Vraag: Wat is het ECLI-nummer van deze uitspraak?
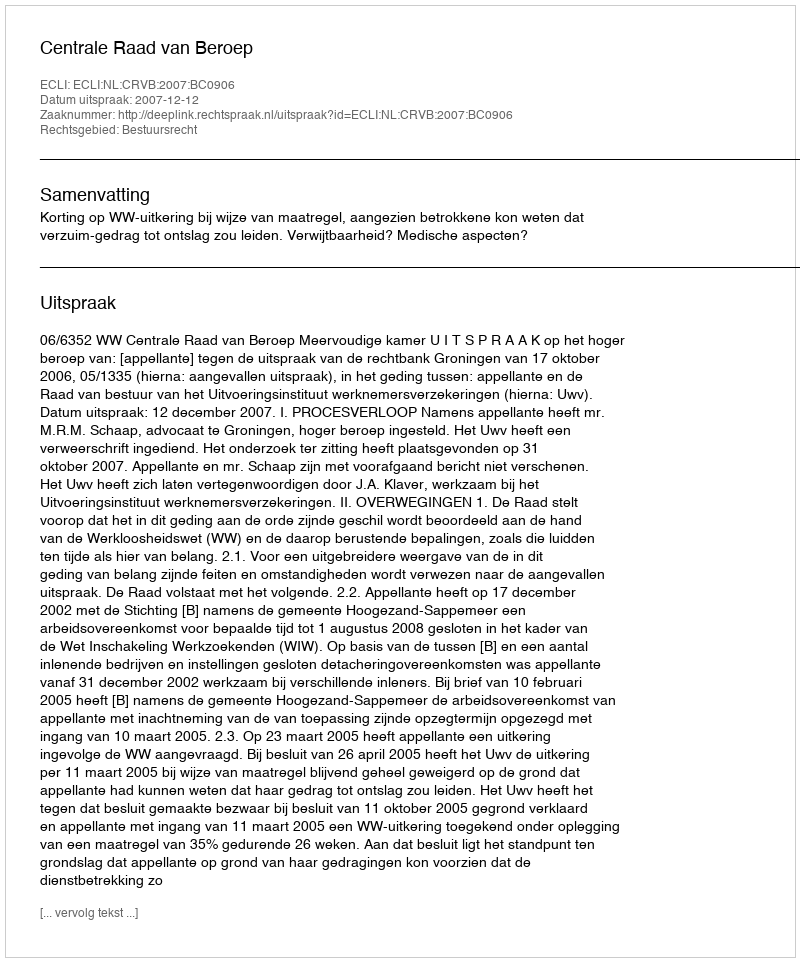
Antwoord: ECLI:NL:CRVB:2007:BC0906